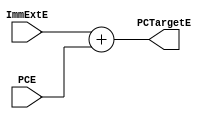
`timescale 1ps/1ps

module PCTarget (
    input      [31:0] PCE,
    input      [31:0] ImmExtE,
    output reg [31:0] PCTargetE
);
    always @ (*) begin
        PCTargetE = ImmExtE + PCE;        
    end


endmodule